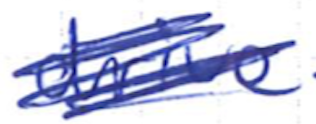
Text: drive
Cross-out: scratch
Writing tool: ballpoint